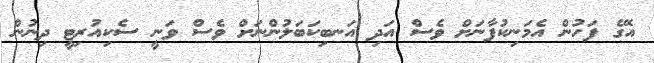
އޭގެ ފަހުން އެމަނިކުފާނަށް ވެސް އަދި އަނބިކަބަލުންނަށް ވެސް ވަނީ ސެކިއުރިޓީ ދިނުން